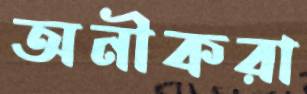
অনীকরা